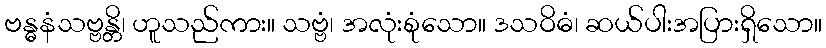
ဗန္ဓနံသဗ္ဗန္တိ၊ ဟူသည်ကား။ သဗ္ဗံ၊ အလုံးစုံသော။ ဒသဝိဓံ၊ ဆယ်ပါးအပြားရှိသော။